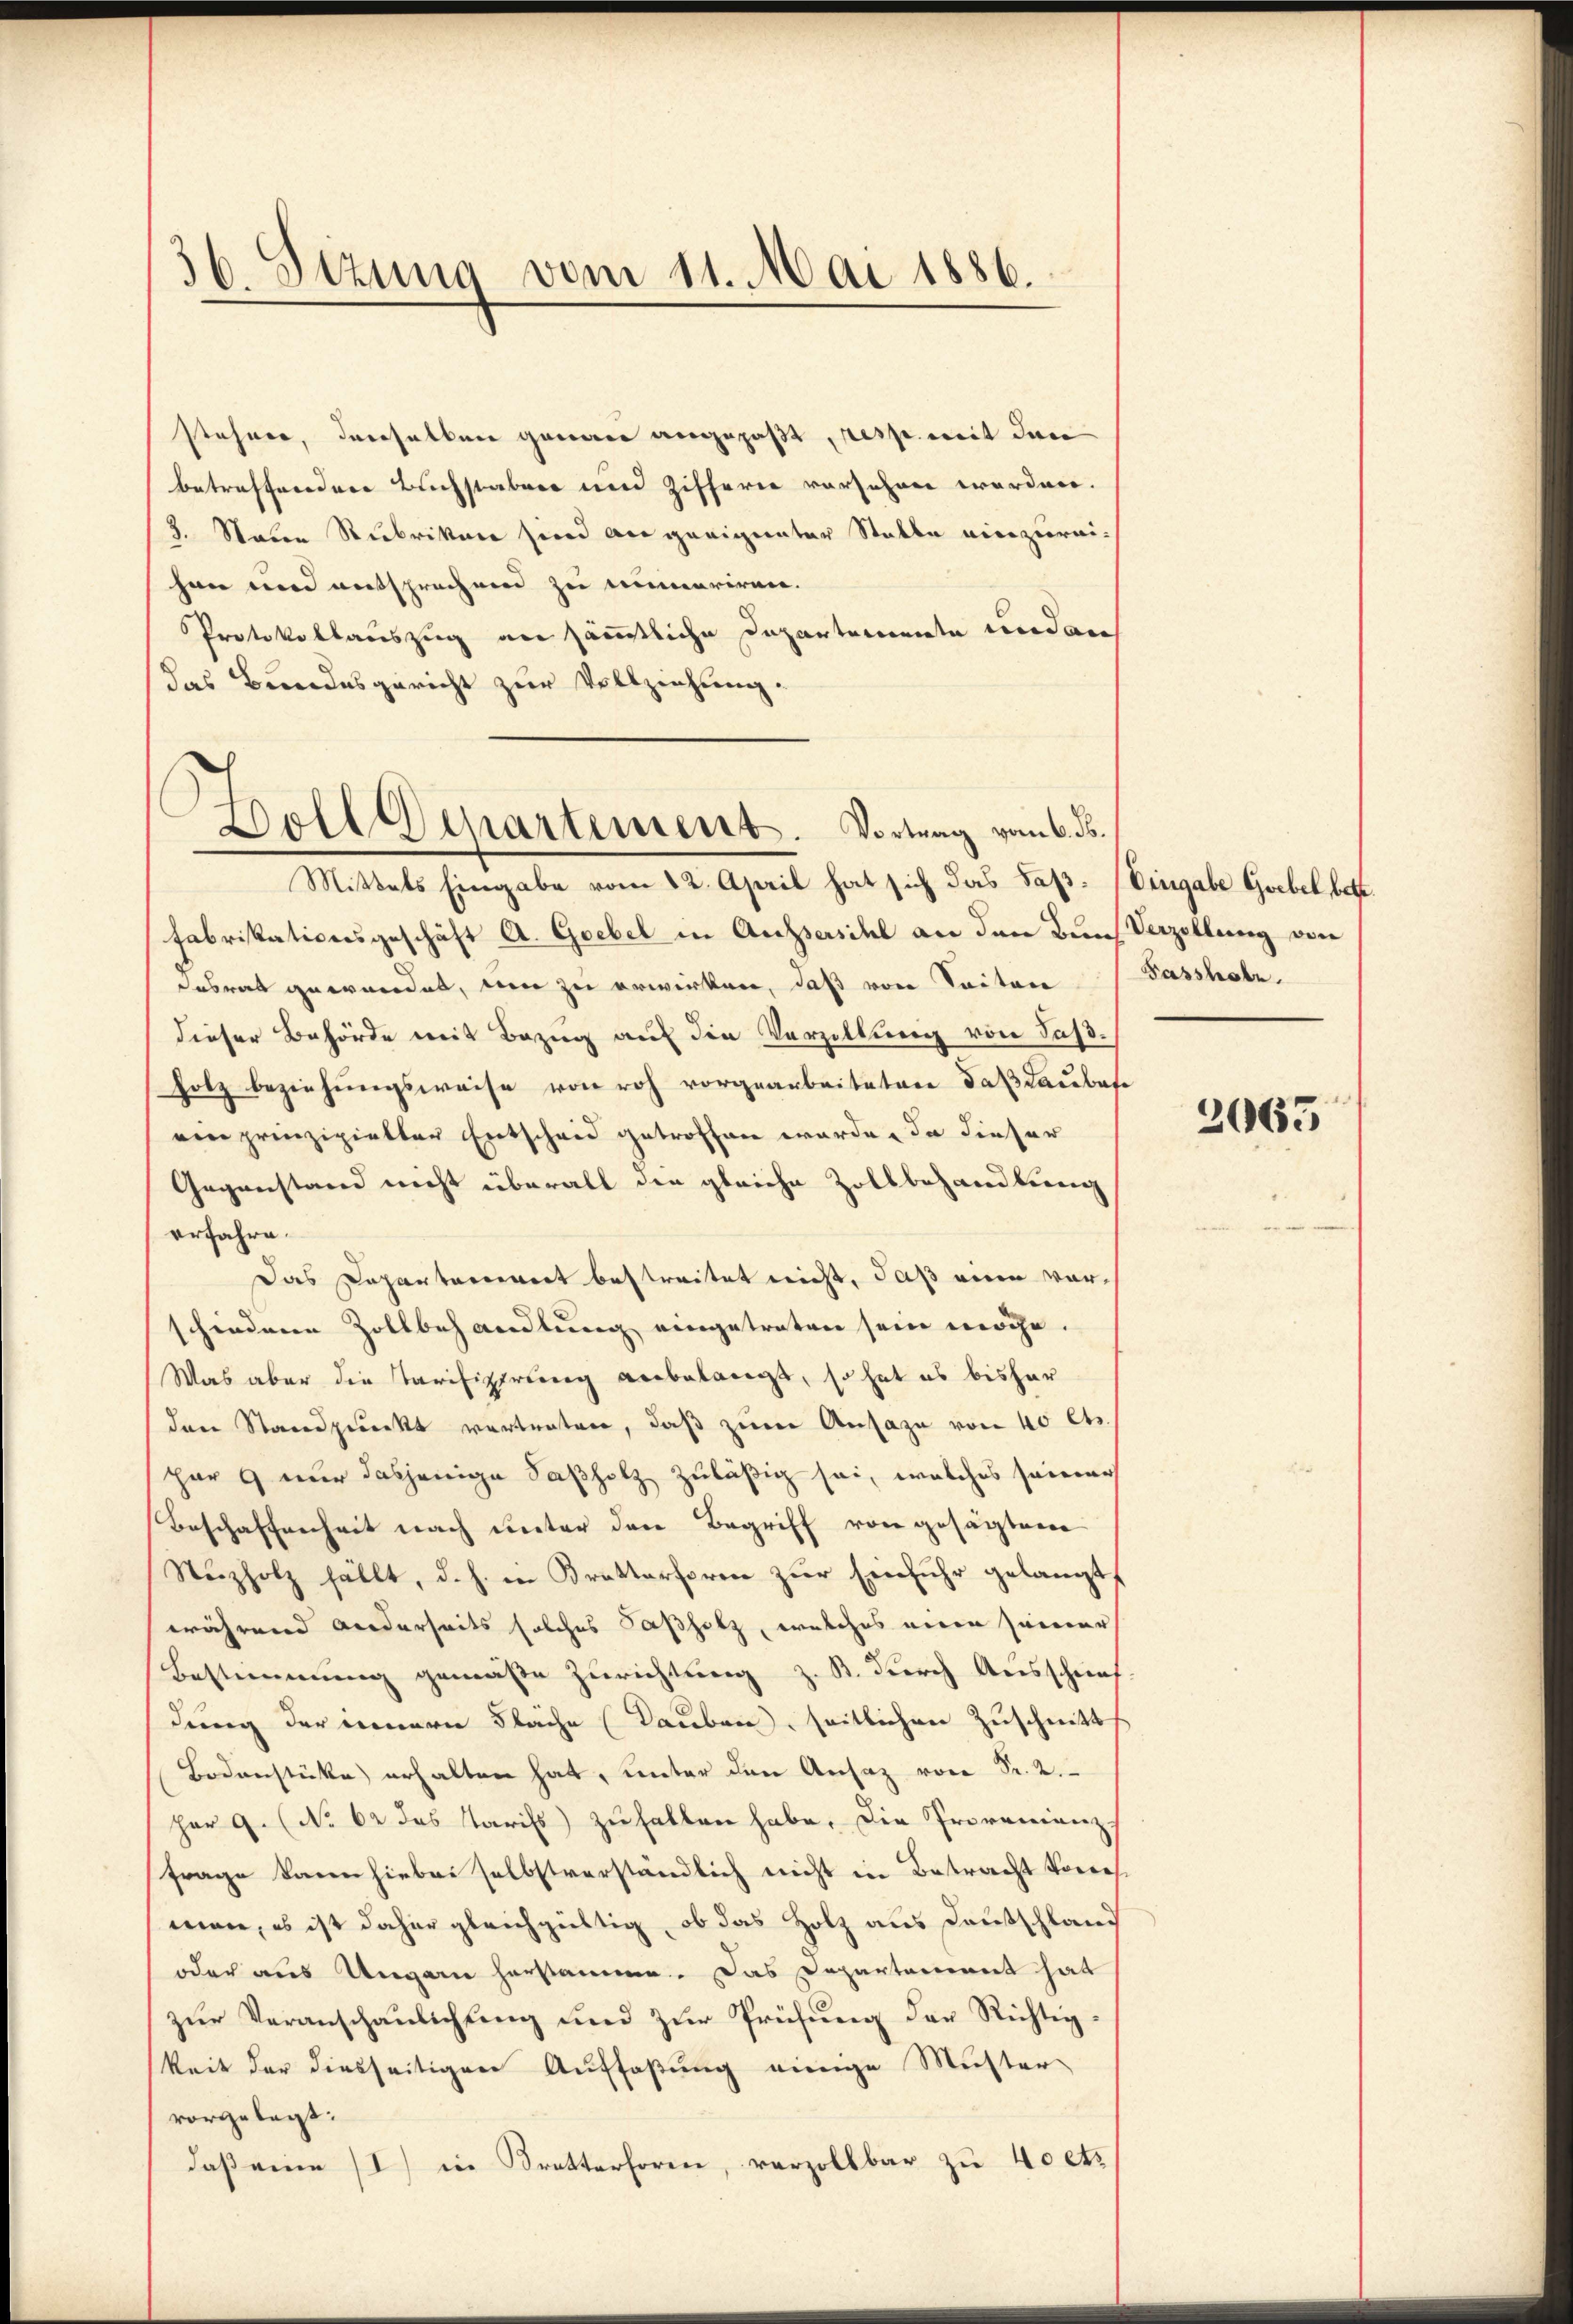
36. Sezung vom 11. Mai 1886.

stöhner, Inerselben genare angepaßt, resse mit dene
betreffendere Buchstaben und Zifferie vorsehen worden.
3. Sein Rubriken sind an geeigneter Statte einzureihen und entsprechend zu numeriren.
Protokollauszug an sämmtliche Departemente und an
Das Bundesgericht zur Vollziehung.
Mittels Eingabe vom 12. April hat sich das Saß: Eingabe Grebel, bet
Fabrikationsgeschäft A. Grebel in Aussersihl an den Bund Verzellung von
desrat gewendet, um zu erwirken, daß von Seiten
dieser Behörde mit Bezug auf die Verzillung von Saßholz beziehungsweise von roh vorgearbeiteten daß Laubese
einprinzipielter Entscheid getroffen werde, da dieser
Gegenstand nicht überall die gleiche Zollbehandlung
erfahre.
Das Departanenert bestreitet nicht, daß eine vorschiedenen Zollbehandlung eingetreten sein mache.
Was aber die Tarifizirung anbelangt, so hat es bisher
dann Stand gedeckt vertraten, daß zum Ansage von 40 Cts.
har 9 nur dasjenige Saßholz zuläßig sei, welches seiner
Beschaffenheit nach unter den Begriff von gesagten
Nuzholz fällt, d. h. in Krattorform zur Einfuhr gelangt,
während wiederseits solches Paßholz, welches einen seiner
Bestimmung gemäße Zurichtung z. B. durch Ausschuef
dung der innern Fläche (Lauben, seitlichen Zuschnitt
Bodenstücke erhalten hat, unter den Ansaz von Sr. 2.
har 9. (No 62 des Tarifs) zufallen habe. Die Provenienz
Frage kann hiebei selbstverständlich nicht in Betracht Sone
men, es ist daher gleichgültig, ob das Holz aus Deutschland
oder aus Ungarn herstamme. Das Departement hat
zur Veranschaulichung und zur Prüfung der Richtigkeit der diesseitiger Auffaßung einige Muster-
vorgelegt:
daß eine (I) in Bretterhören, verzollbar zu 40 ets

Boll Departement. Vortrag vom 6. ds.

Passhabe.

2065